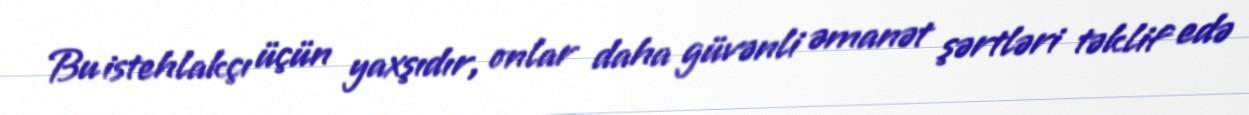
Bu istehlakçı üçün yaxşıdır, onlar daha güvənli əmanət şərtləri təklif edə